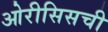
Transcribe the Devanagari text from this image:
ओरीसिसची